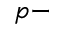
p -